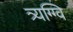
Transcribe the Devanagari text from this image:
त्र्यग्ग्वि